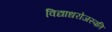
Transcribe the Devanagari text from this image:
विद्याधरोजस्पति